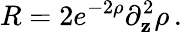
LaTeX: R=2e^{-2\rho}\partial_{\mathbf{z}}^{2}\rho\, .